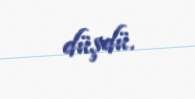
düşdü.